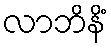
လာဘိနိံ